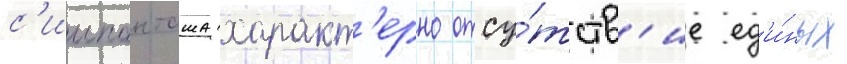
с'иипанташа характ'ерно отсу́тств'ие ед'и́ных